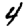
Digit: 4